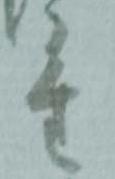
重